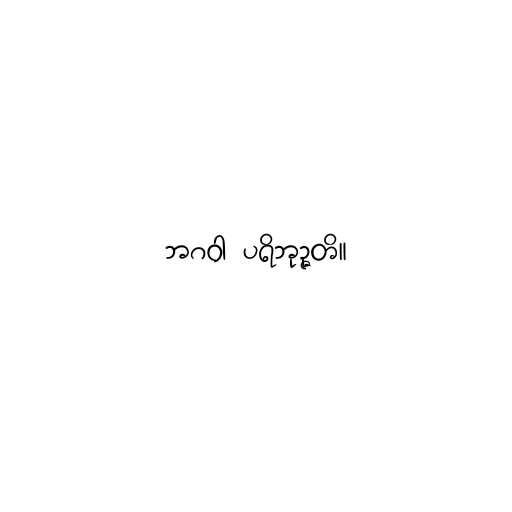
ဘဂဝါ ပရိဘုဉ္ဇတိ။